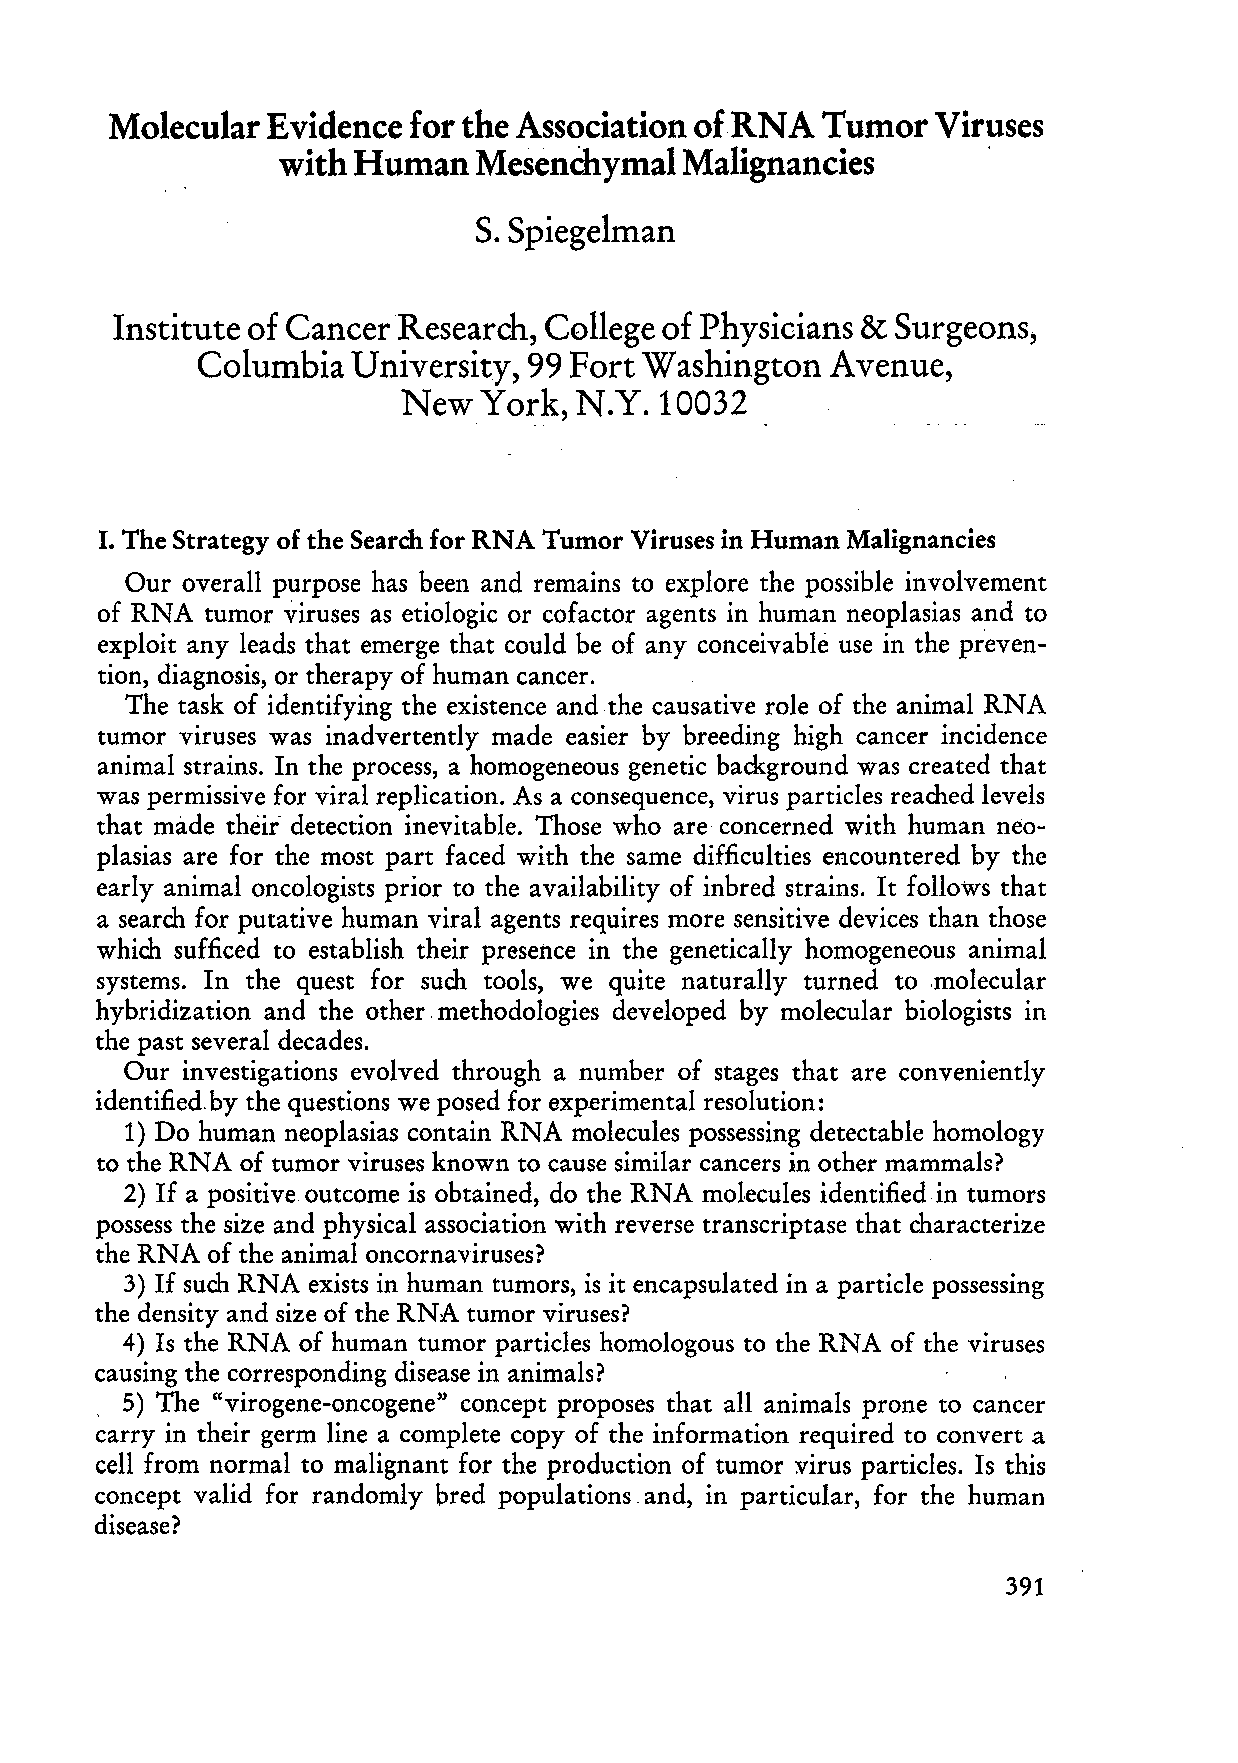
Molecular  Evidence for the Association ofRNA  Tumor   Viruses
 with Human   Mesenchymal  Malignancies        .
 S. Spiegelman
 Institute of Cancer Research, College of Physicians & Surgeons,
 Columbia  U niversity, 99 Fort Washington Avenue,
 New,Yo  rk, N.Y. 10032
 I. The Strategy of the Search for RNA Tumor Viruses in Human Malignancies
 Our overall purpose has been and remains to explore the possible involvement
 of RNA tumor viruses as etiologic or cofactor agents in human neoplasias and to
 exploit any leads that emerge that could be of any conceivable use in the pr'even
 tion, diagnosis, or therapy of human cancer.
 The task of identifying the existence andthe causative role of the animaI RNA
 tumor viruses was inadvertently made easier by breeding high cancer incidence
 anima I strains. In the process, a homogeneous genetic background was created that
 was permissive for viral replication. As a consequence, virus particles reached levels
 that made their' detection inevitable. Those who are concerned with human neo
 plasias are for the most part faced with the same difficulties encountered by thc
 early animal oncologists prior to the availability of inbred strains. It folloW's that
 a search for putative human viral agents requires more sensitive devices than those
 wh ich sufficed to establish their presence in the genetically homogeneous animal
 systems. In the quest for such tools, we quite naturally turned to .molecular
 hybridization and the other, methodologies developed by molecular biologists in
 the past several decades.
 Our investigations evolved through a number of stages thatare conveniently
 identified, by the questions we posed for experimental resolution:
 1) Do human neoplasias contain RNA molecules possessing detectable homology
 to the RNA of tumor viruses known to cause similar cancers in other mammals?
 2) If a positive outcome is obtained, do the RNA molecules identified in tumors
 possess the size and physical association with reverse transcriptase that characterize
 the RNA of the animal oncorna viruses?
 3) If such RNA exists in human tumors, is it encapsulated in a particle possessing
 the density and size of the RNA tumor viruses?
 4) Is the RNA of human tumor particles homologous to the RNA of the viruses
 causing the corresponding disease in animals?
 . 5) The "virogene-oncogene" concept proposes that all animals prone to cancer
 carry in their germ line a complete copy of the information required to convert a
 cell from normal to malignant for the production of tumor virus particles. Is this
 concept valid for randomly bred populations. and, in particular, for the human
 disease?
 391